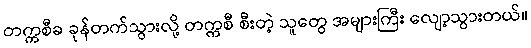
တက္ကစီခ ခုန်တက်သွားလို့ တက္ကစီ စီးတဲ့ သူတွေ အများကြီး လျော့သွားတယ်။